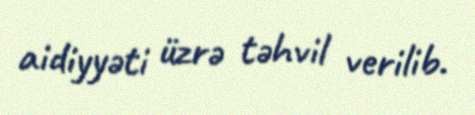
aidiyyəti üzrə təhvil verilib.